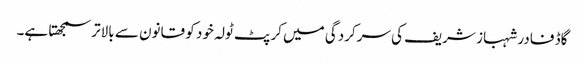
گاڈ فادر شہباز شریف کی سرکردگی میں کرپٹ ٹولہ خود کو قانون سے بالاتر سمجھتا ہے۔